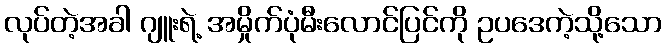
လုပ်တဲ့အခါ ဂျူးရဲ့ အမှိုက်ပုံမီးလောင်ပြင်ကို ဥပဒေကဲ့သို့သော